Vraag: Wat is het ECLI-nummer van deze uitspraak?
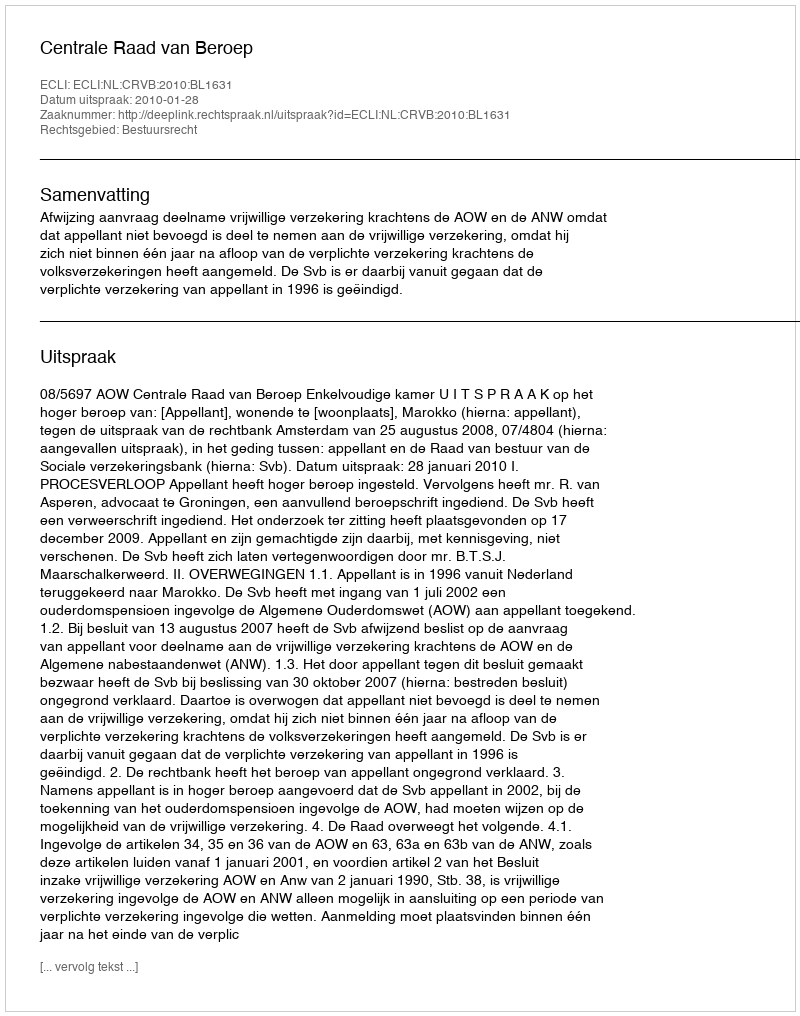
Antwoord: ECLI:NL:CRVB:2010:BL1631